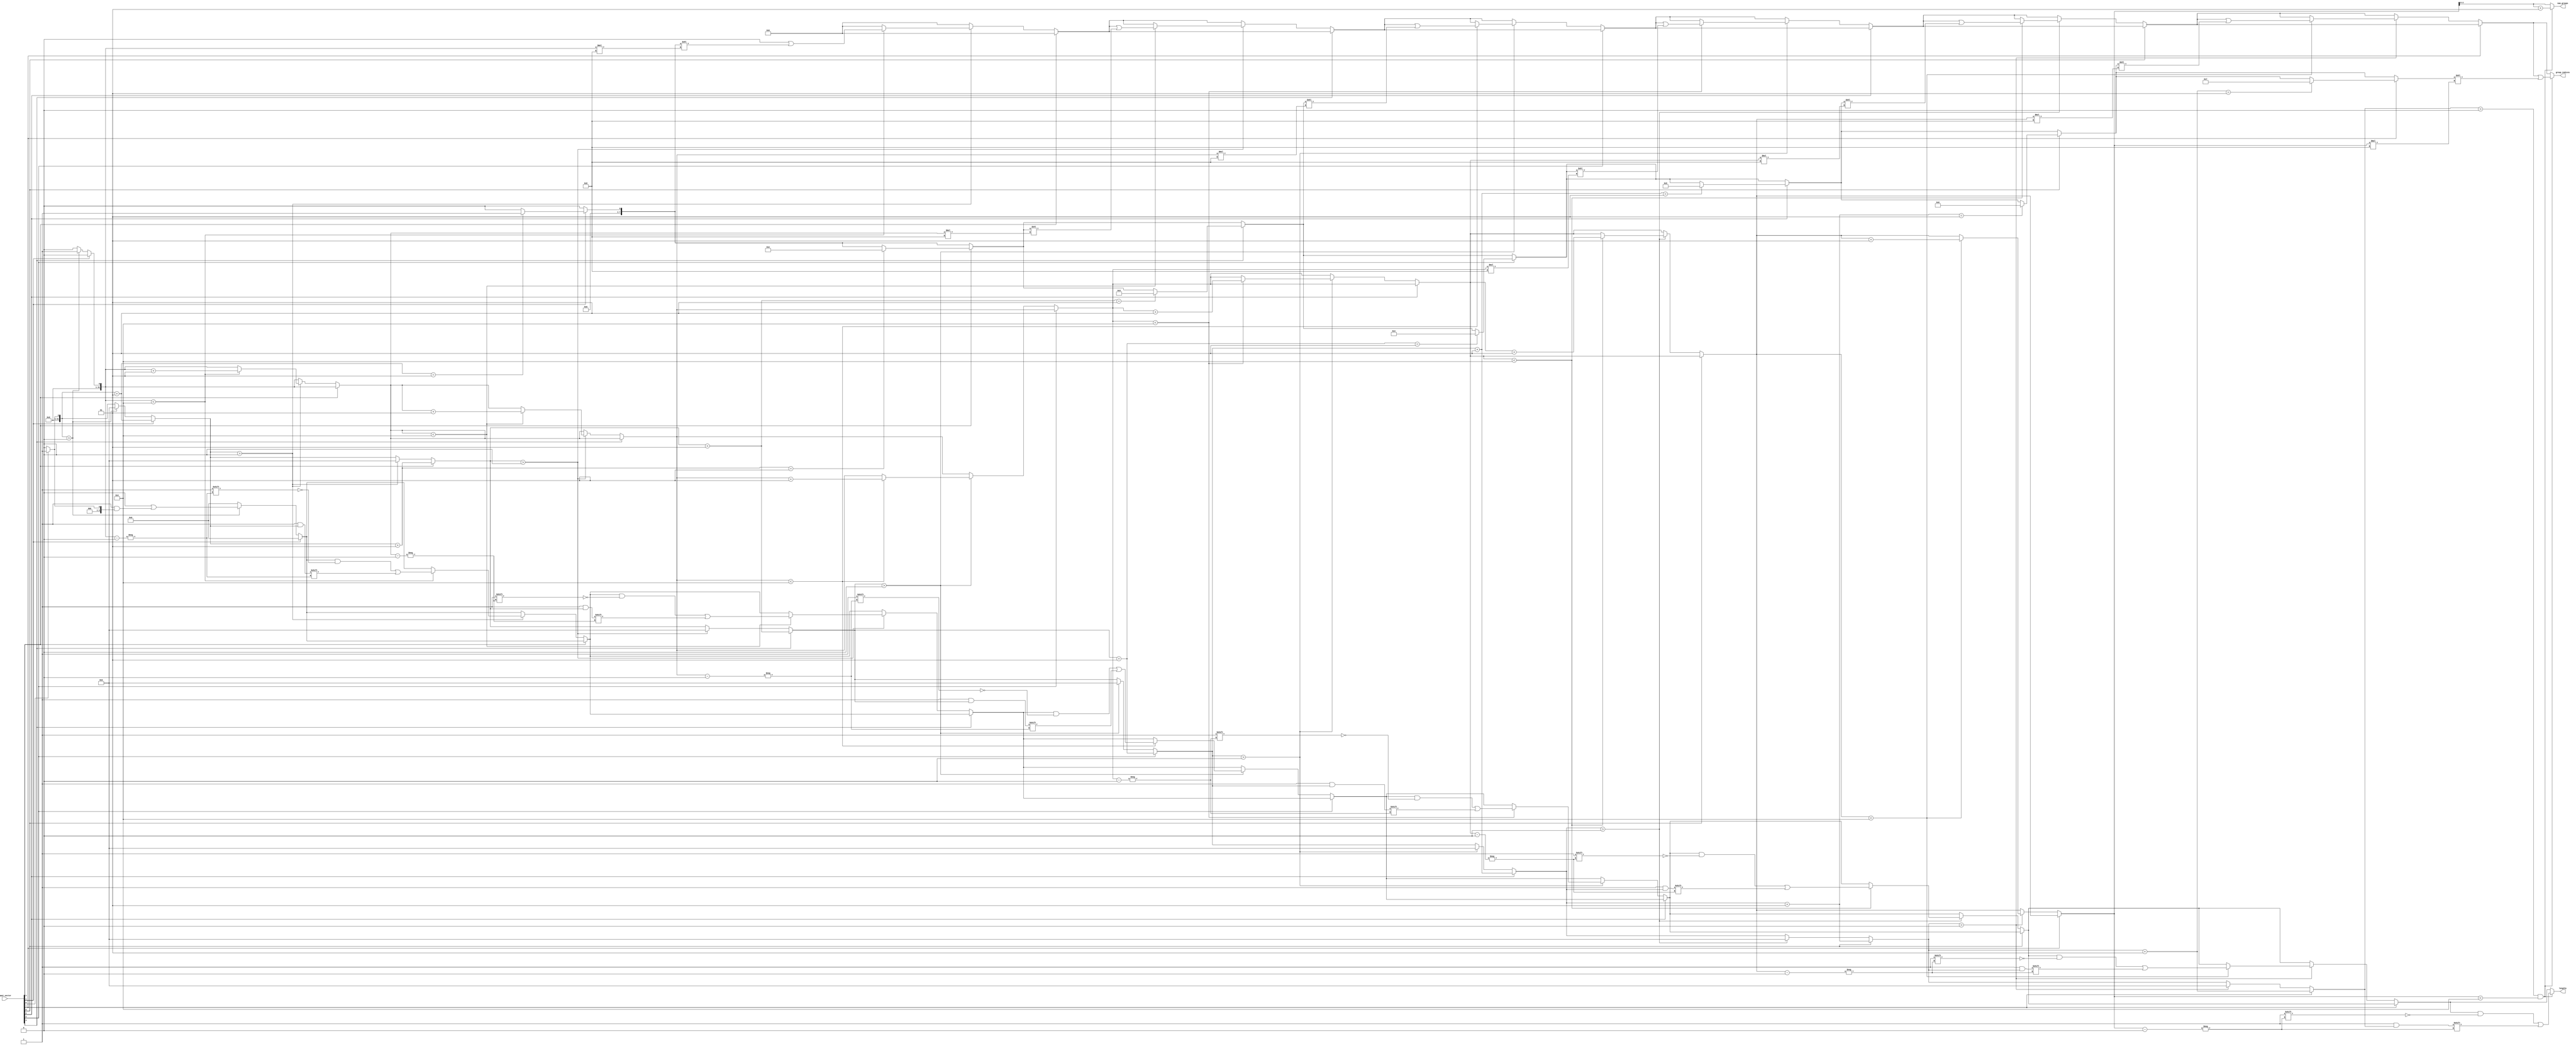
module GroupingOfOnes #(parameter N = 8, // Length of input vector
                        parameter MAX_GROUPS = 4)  // Maximum number of groups to report
(
    input wire [N-1:0] input_vector,    // Input binary vector
    output reg [N-1:0] group_indices,    // Output concatenated indices of groups
    output reg [MAX_GROUPS-1:0] lengths, // Output lengths of the groups
    output reg [2:0] num_groups          // Number of groups found
);

    integer i;
    integer current_length;
    integer group_count;
    reg [N-1:0] indices;
    
    always @(*) begin
        // Initialize outputs
        group_indices = 0;
        lengths = 0;
        num_groups = 0;
        current_length = 0;
        group_count = 0;
        indices = 0;

        // Traverse through input_vector
        for (i = 0; i < N; i = i + 1) begin
            // Increment length if current bit is 1
            if (input_vector[i] == 1) begin
                current_length = current_length + 1;
                // Capture the index of the first 1 in the group
                if (current_length == 1) begin
                    indices = i;
                end
            end else begin
                // End of a group if we encounter a 0
                if (current_length > 0) begin
                    // Store the starting index and length of the group
                    if (group_count < MAX_GROUPS) begin
                        group_indices = group_indices | (indices << (group_count * 8)); // Store each index
                        lengths[group_count] = current_length; // Length of the group
                        group_count = group_count + 1;
                    end
                    current_length = 0; // Reset the length for the next group
                end
            end
        end
        
        // Check if the last bit processed was part of a group of '1's
        if (current_length > 0 && group_count < MAX_GROUPS) begin
            group_indices = group_indices | (indices << (group_count * 8)); // Store the last group index
            lengths[group_count] = current_length; // Length of the last group
            group_count = group_count + 1;
        end

        // Assign the number of groups found
        num_groups = group_count;
    end
endmodule